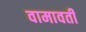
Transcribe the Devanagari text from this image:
वामावती